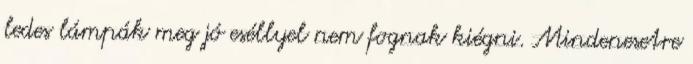
ledes lámpák meg jó eséllyel nem fognak kiégni. Mindenesetre